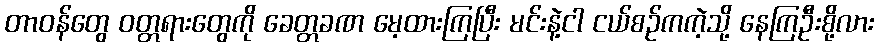
တာဝန်တွေ ဝတ္တရားတွေကို ခေတ္တခဏ မေ့ထားကြပြီး မင်းနဲ့ငါ ငယ်စဉ်ကကဲ့သို့ နေကြဦးစို့လား